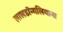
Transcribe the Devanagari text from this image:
लालडॉन्गलियाना